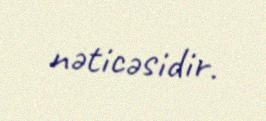
nəticəsidir.